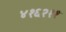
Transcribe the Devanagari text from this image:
४१६२११